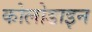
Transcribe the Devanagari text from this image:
कोलोडाइन